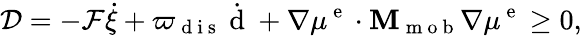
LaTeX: \mathcal{D}=-\mathcal{F}\dot{\xi}+\varpi_{\mathrm{~d~i~s~}}\dot{\mathrm{~d~}}+\nabla\mu^{\mathrm{~e~}}\cdot{\mathbf M}_{\mathrm{~m~o~b~}}\nabla\mu^{\mathrm{~e~}}\ge 0,